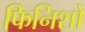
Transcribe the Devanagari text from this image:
फिनिशों